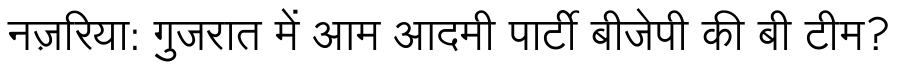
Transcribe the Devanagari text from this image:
नज़रिया: गुजरात में आम आदमी पार्टी बीजेपी की बी टीम?